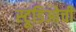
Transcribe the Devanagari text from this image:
स्टूडिओची